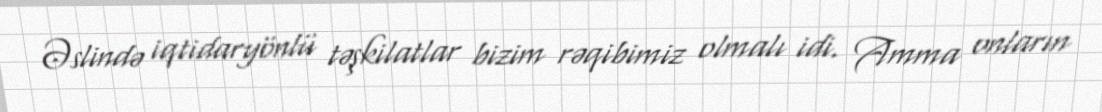
Əslində iqtidaryönlü təşkilatlar bizim rəqibimiz olmalı idi. Amma onların